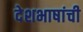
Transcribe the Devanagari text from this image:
देशभाषांची